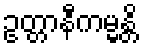
ဥတ္တာနီကမ္မန္တိ